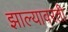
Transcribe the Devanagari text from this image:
झाल्यावरती